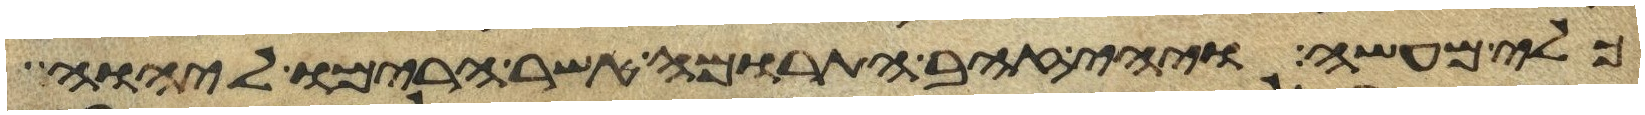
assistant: כלי מעשה ויהי זהב התרומה אשר הרימו ליהוה